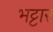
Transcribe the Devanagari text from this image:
भट्टार